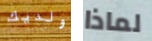
ولديك لماذا